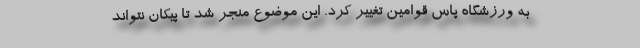
به ورزشگاه پاس قوامین تغییر کرد. این موضوع منجر شد تا پیکان نتواند